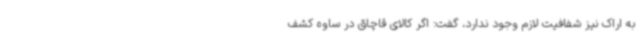
به اراک نیز شفافیت لازم وجود ندارد، گفت: اگر کالای قاچاق در ساوه کشف